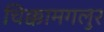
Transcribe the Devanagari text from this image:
चिक्कामगलुर